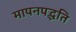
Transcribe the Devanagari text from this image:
मापनपद्धति